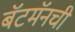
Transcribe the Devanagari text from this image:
बॅटमॅनची